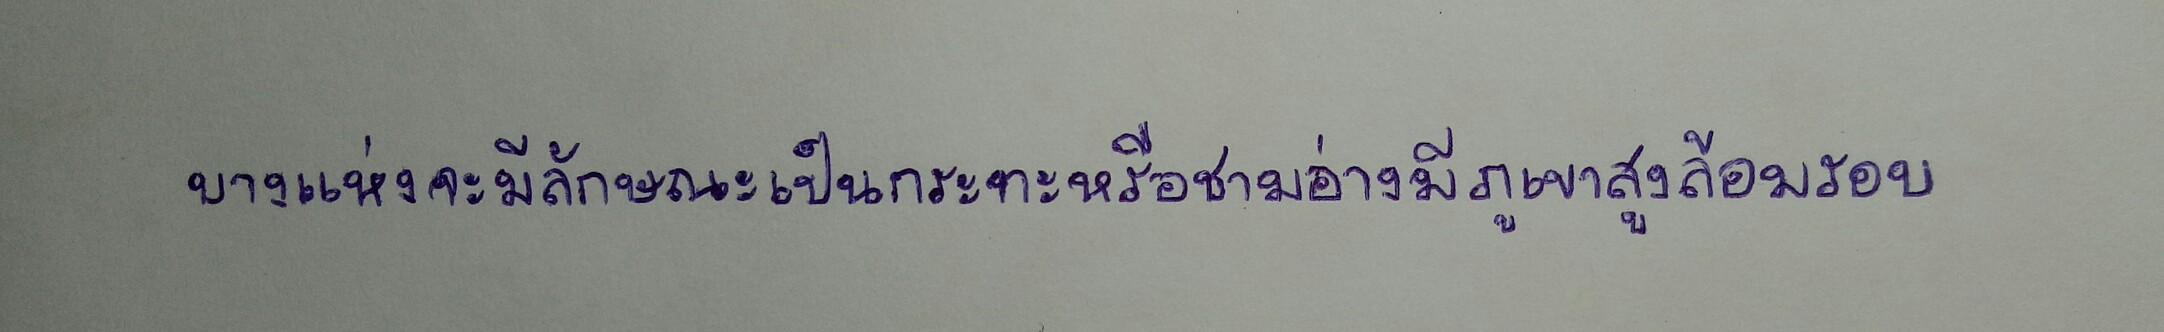
บางแห่งจะมีลักษณะเป็นกระทะหรือชามอ่างมีภูเขาสูงล้อมรอบ